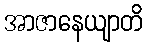
အာဇာနေယျာတိ